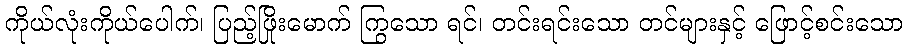
ကိုယ်လုံးကိုယ်ပေါက်၊ ပြည့်ဖြိုးမောက် ကြွသော ရင်၊ တင်းရင်းသော တင်များနှင့် ဖြောင့်စင်းသော